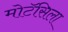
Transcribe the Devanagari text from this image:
मोटॅसिला